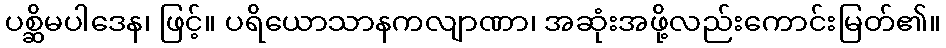
ပစ္ဆိမပါဒေန၊ ဖြင့်။ ပရိယောသာနကလျာဏာ၊ အဆုံးအဖို့လည်းကောင်းမြတ်၏။